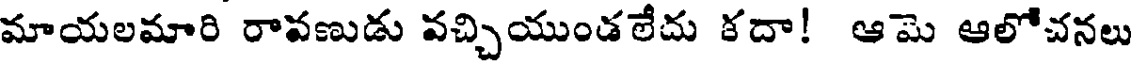
మాయలమారి రావణుడు వచ్చియుండలేదు కదా! ఆమె ఆలోచనలు